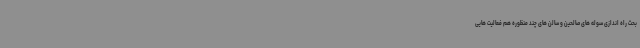
بحث راه اندازی سوله های صالحین و سالن های چند منظوره هم فعالیت هایی